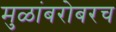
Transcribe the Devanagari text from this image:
मुळांबरोबरच